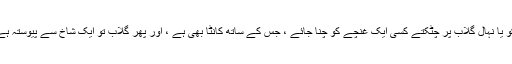
زندگی کے نخل پر آئے کسی ایک پھول کو یا نہالِ گلاب پر چٹکتے کسی ایک غُنچے کو چنا جائے ، جس کے ساتھ کانٹا بھی ہے ، اور پھر گلاب تو ایک شاخ سے پیوستہ ہے جب کہ یہ شاخ پودے سے منسلک ہے ۔